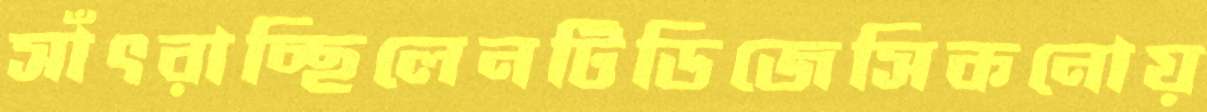
সাঁৎরাচ্ছিলেনটিডিজেসিকনোয়